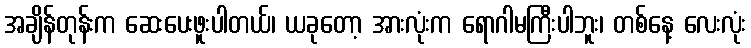
အချိန်တုန်းက ဆေးပေးဖူးပါတယ်၊ ယခုတော့ အားလုံးက ရောဂါမကြီးပါဘူး၊ တစ်နေ့ လေးလုံး